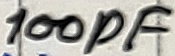
Text: 100pF